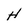
Character: H